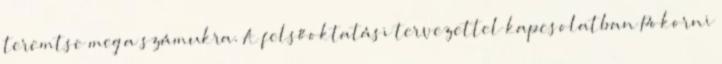
teremtse meg a számukra. A felsőoktatási tervezettel kapcsolatban Pokorni